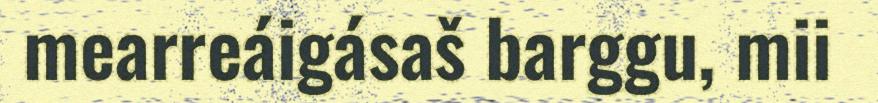
mearreáigásaš barggu, mii